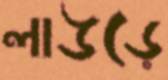
লাউড়ে